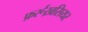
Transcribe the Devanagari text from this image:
फ़र्रूख़सियर